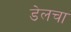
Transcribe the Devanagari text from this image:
डेलचा